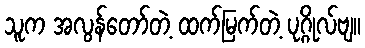
သူက အလွန်တော်တဲ့ ထက်မြက်တဲ့ ပုဂ္ဂိုလ်ဗျ။